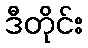
ဒီတိုင်း